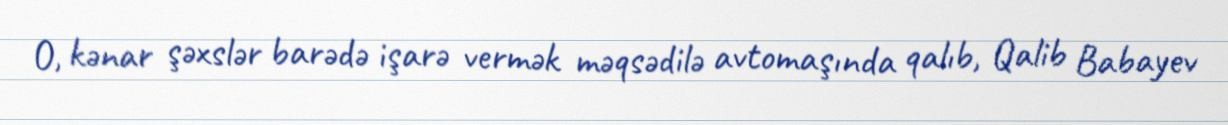
O, kənar şəxslər barədə işarə vermək məqsədilə avtomaşında qalıb, Qalib Babayev